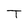
Character: T